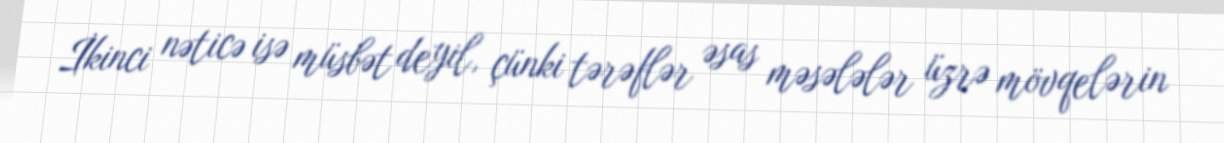
İkinci nəticə isə müsbət deyil, çünki tərəflər əsas məsələlər üzrə mövqelərin